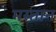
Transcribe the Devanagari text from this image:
मस्‍तान